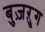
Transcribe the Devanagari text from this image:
बुज़ऱ्ुग